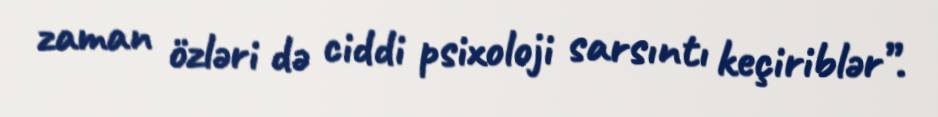
zaman özləri də ciddi psixoloji sarsıntı keçiriblər”.